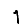
Digit: 1